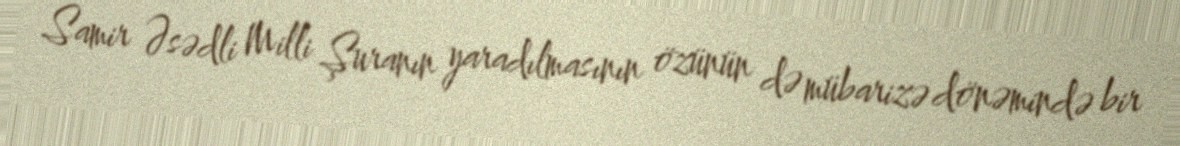
Samir Əsədli Milli Şuranın yaradılmasının özünün də mübarizə dönəmində bir